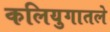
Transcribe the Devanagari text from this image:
कलियुगातले